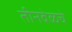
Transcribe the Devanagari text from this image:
तीनवेळचे